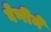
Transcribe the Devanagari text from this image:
वेणीने